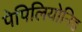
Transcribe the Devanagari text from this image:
पेपिलियोनिड